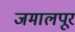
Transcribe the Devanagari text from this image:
जमालपूर